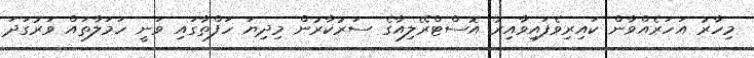
މިހާރު އަހަރެއްވާން ކައިރިވެފައިވާއިރު އޮސްޓްރޭލިއާގެ ސަރުކާރުން މިދިޔަ ހަފްތާގައި ވަނީ ހަމަލާތައް ވަރުގަދަ